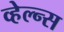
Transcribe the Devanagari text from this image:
व्हेल्न्स